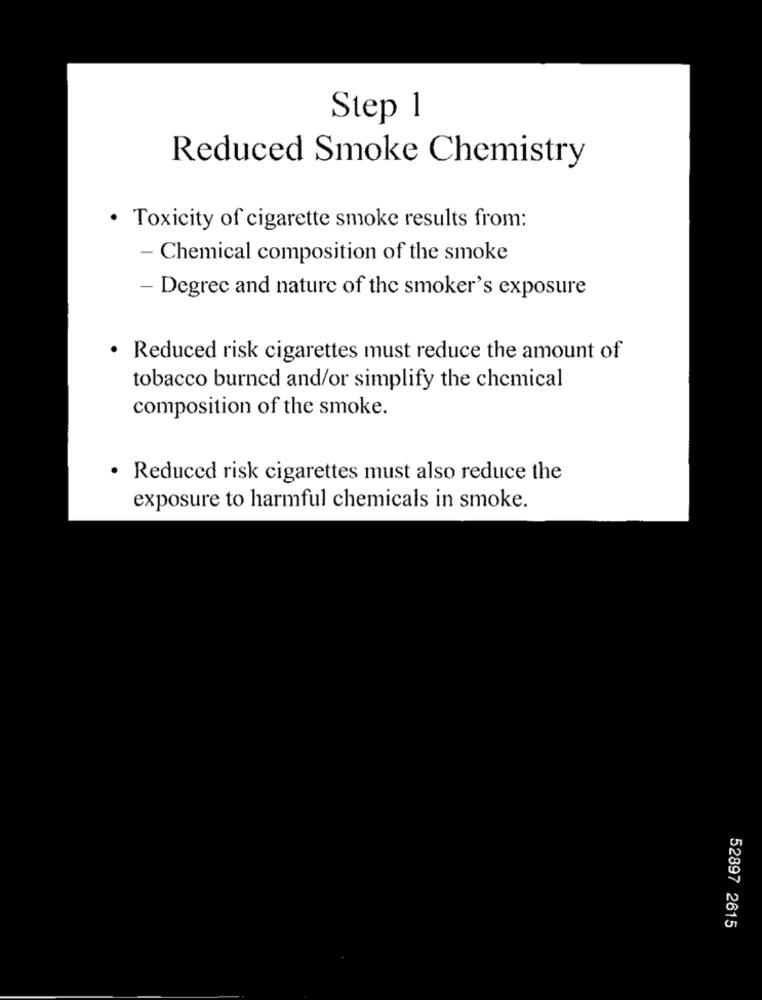
Step 1
Reduced Smoke Chemistry
Toxicity of cigarette smoke results from:
- Chemical composition of the smoke
- Degrec and nature of the smoker's exposure
Reduced risk cigarettes must reduce the amount of
tobacco burned and/or simplify the chemical
composition of the smoke.
Reduced risk cigarettes must also reduce the
exposure to harmful chemicals in smoke.
52897 2615